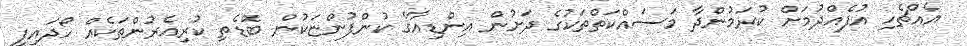
އެއްޗެހި އުފެއްދުމަށް ކުރަމުންދާ މަސައްކަތްތަކުގެ ދަށުން އިންޑިއާގެ ކުންފުންޏަކުން ބޮޑެތި ކުރިއެރުންތަކެއް ހޯދައިފި